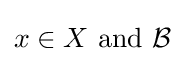
x\in X{\text{ and }}{\mathcal {B}}